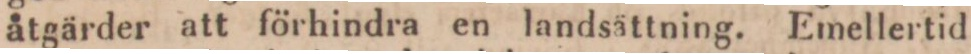
åtgärder att förhindra en landsättning. Emellertid